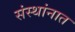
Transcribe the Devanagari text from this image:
संस्थांनात